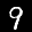
Digit: 9